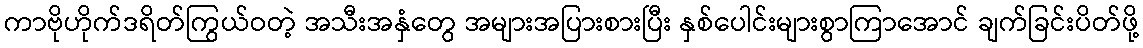
ကာဗိုဟိုက်ဒရိတ်ကြွယ်ဝတဲ့ အသီးအနှံတွေ အများအပြားစားပြီး နှစ်ပေါင်းများစွာကြာအောင် ချက်ခြင်းပိတ်ဖို့